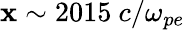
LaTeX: \mathbf{x}\sim2015~c/\omega_{pe}